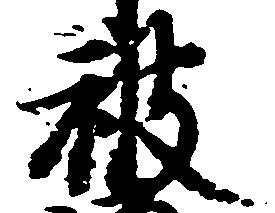
被